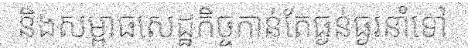
និងសម្ពាធសេដ្ឋកិច្ចកាន់តែធ្ងន់ធ្ងរនាំទៅ